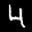
Label: 4